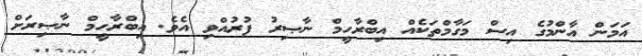
އަމަން އާންމުގެ އިސް މަގާމްތަކެއް އިބްރާހީމް ނާޞިރު ފުރުއްވި އެވެ. އިބްރާހީމް ނާޞިރަށް